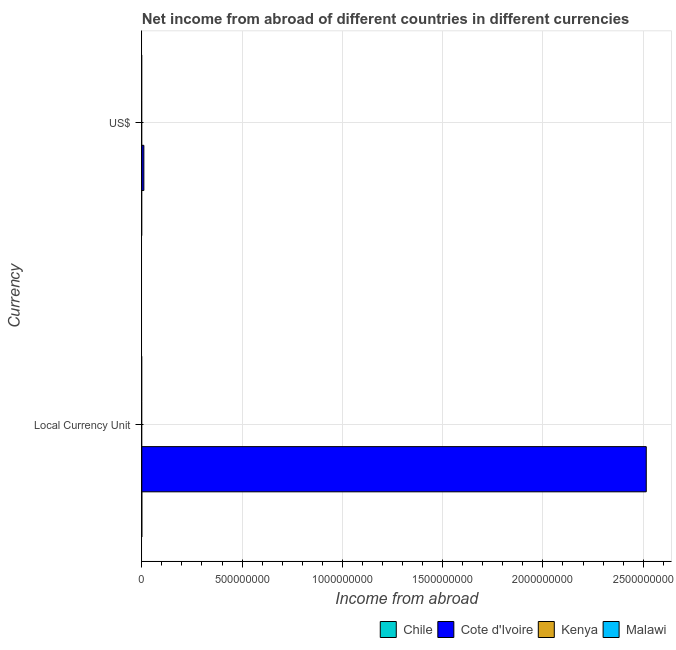
| Currency | Chile | Cote d'Ivoire | Kenya | Malawi |
 | --- | --- | --- | --- | --- |
 | Local Currency Unit | -2.56e+05 | 2.52e+09 | -1.88e+08 | -1.6e+06 |
 | US$ | -2.42e+08 | 1.03e+07 | -2.63e+07 | -2.24e+06 |